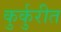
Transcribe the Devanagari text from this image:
कुर्कुरीत